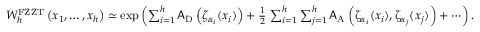
\begin{array} { r } { W _ { h } ^ { \mathrm { F Z Z T } } \left( x _ { 1 } , \ldots , x _ { h } \right) \simeq \exp \left( \sum _ { i = 1 } ^ { h } \mathsf { A } _ { \mathrm { D } } \left( \zeta _ { \alpha _ { i } } ( x _ { i } ) \right) + \frac { 1 } { 2 } \, \sum _ { i = 1 } ^ { h } \sum _ { j = 1 } ^ { h } \mathsf { A } _ { \mathrm { A } } \left( \upzeta _ { \alpha _ { i } } ( x _ { i } ) , \upzeta _ { \alpha _ { j } } ( x _ { j } ) \right) + \cdots \right) . } \end{array}